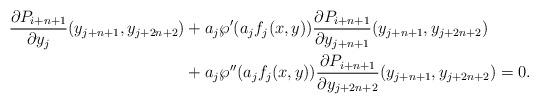
LaTeX: \begin{align*}\frac{\partial P_{i+n+1}}{\partial y_j}(y_{j+n+1},y_{j+2n+2})&+a_j\wp'(a_jf_j(x,y))\frac{\partial P_{i+n+1}}{\partial y_{j+n+1}}(y_{j+n+1},y_{j+2n+2})\\&+a_j\wp''(a_jf_j(x,y))\frac{\partial P_{i+n+1}}{\partial y_{j+2n+2}}(y_{j+n+1},y_{j+2n+2})=0.\end{align*}